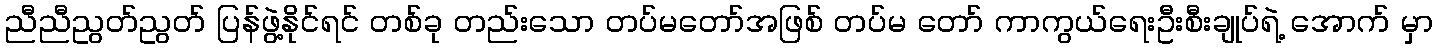
ညီညီညွတ်ညွတ် ပြန်ဖွဲ့နိုင်ရင် တစ်ခု တည်းသော တပ်မတော်အဖြစ် တပ်မ တော် ကာကွယ်ရေးဦးစီးချုပ်ရဲ့ အောက် မှာ